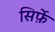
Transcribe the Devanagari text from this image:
सिर्फ़े